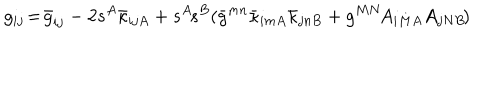
LaTeX: g _ { i j } \! = \! \bar { g } _ { i j } - 2 s ^ { A } \bar { \kappa } _ { i j A } + s ^ { A } \! s ^ { B } ( \bar { g } ^ { m n } \bar { \kappa } _ { i m A } \bar { \kappa } _ { j n B } + g ^ { M N } \! A _ { i M A } A _ { j N B } \! )